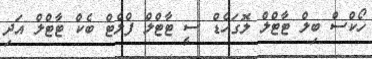
ހޯކްސް ބިލް ޓާޓްލް ލޮގަހެޑް ސީ ޓާޓްލް ފްލެޓް ބެކް ޓާޓްލް އަދި